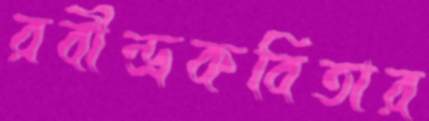
রবীন্দ্রকবিতার